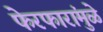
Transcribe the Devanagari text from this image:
फेरफारांमुळे